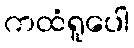
ကထံရူပေါ